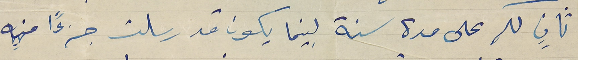
ثانٍ لكم على مدة سنة بينما يكون قد رسلت جزءًا منه